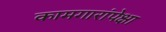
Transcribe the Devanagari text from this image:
कामगारांपेक्षा